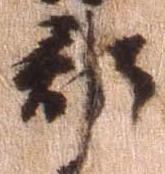
郡